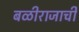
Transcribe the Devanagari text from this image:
बळीराजाची